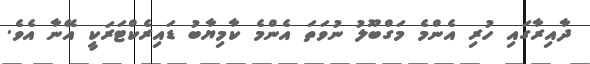
ދާއިރާގައި ހުރި އެންމެ މަގްބޫލު ނުވަތަ އެންމެ ކާމިޔާބު ޑައިރެކްޓަރަކީ އޭނާ އެވެ.